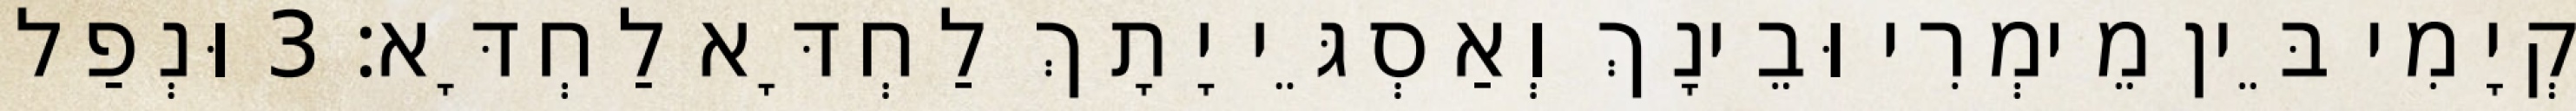
קְיָמִי בֵּין מֵימְרִי וּבֵינָךְ וְאַסְגֵּי יָתָךְ לַחְדָּא לַחְדָּא׃ 3 וּנְפַל